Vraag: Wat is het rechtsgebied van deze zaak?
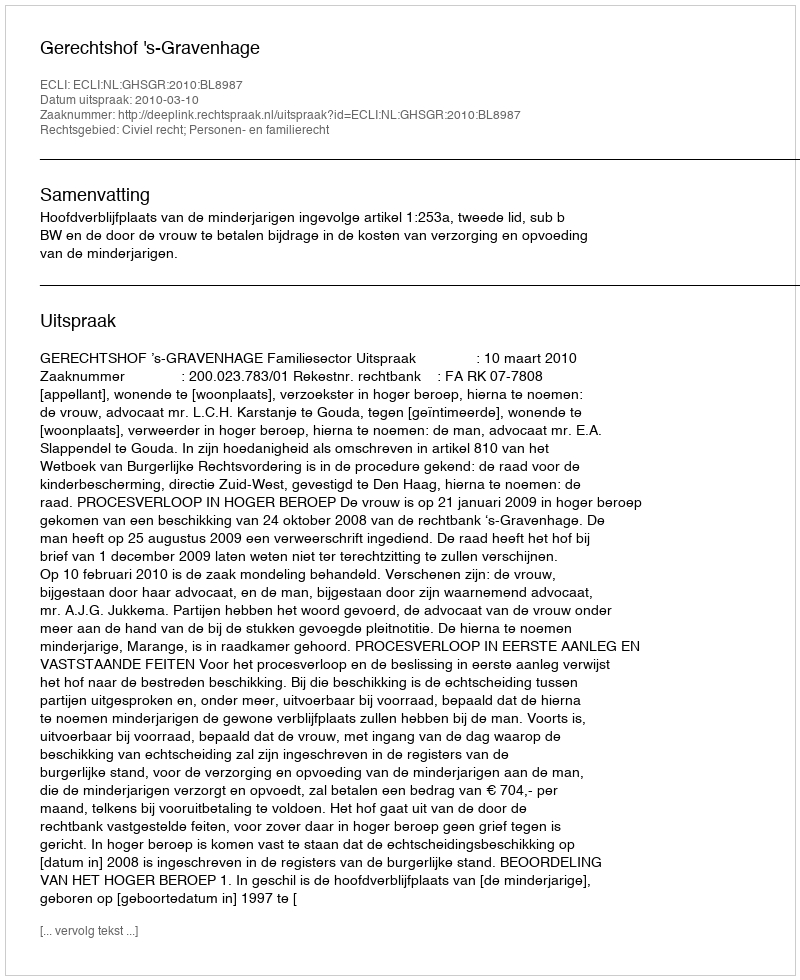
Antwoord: Civiel recht; Personen- en familierecht